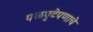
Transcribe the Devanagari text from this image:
पळपुटेपणाचे